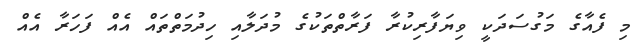
މި ފެއާގެ މަގުސަދަކީ ވިޔަފާރިކުރާ ފަރާތްތަކުގެ މުދަލާއި ހިދުމަތްތައް އެއް ފަހަރާ އެއް